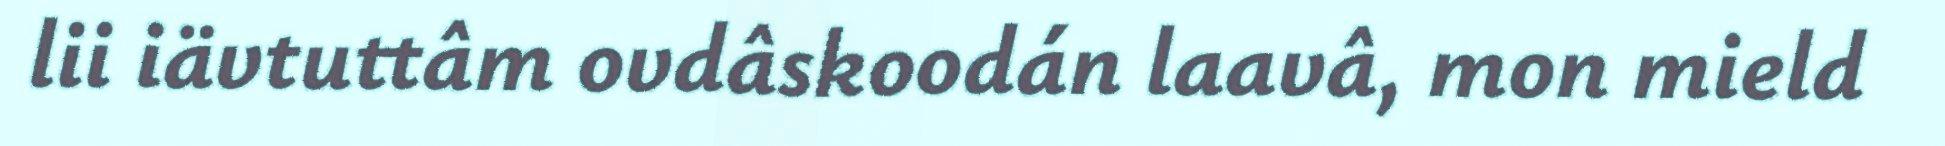
lii iävtuttâm ovdâskoodán laavâ, mon mield